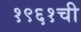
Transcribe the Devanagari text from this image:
१९६१ची